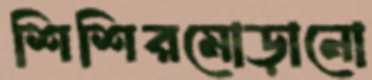
শিশিরমোড়ানো